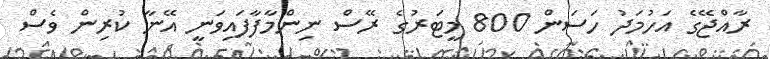
ރާއްޖޭގެ އަހުމަދު ހަސަން 800 މީޓަރުގެ ރޭސް ނިންމާފާފައިވަނީ އޭނާ ކުރިން ވެސް